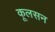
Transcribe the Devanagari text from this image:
कूलसन